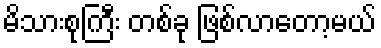
မိသားစုကြီး တစ်ခု ဖြစ်လာတော့မယ်